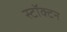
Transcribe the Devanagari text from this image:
स्टॉक्टन